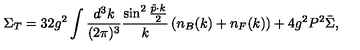
\Sigma _ { T } = 3 2 g ^ { 2 } \int { \frac { d ^ { 3 } k } { ( 2 \pi ) ^ { 3 } } } { \frac { \sin ^ { 2 } { \frac { \tilde { p } \cdot k } { 2 } } } { k } } \left( n _ { B } ( k ) + n _ { F } ( k ) \right) + 4 g ^ { 2 } P ^ { 2 } \bar { \Sigma } ,